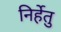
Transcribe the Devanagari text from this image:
निर्हेतु